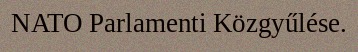
NATO Parlamenti Közgyűlése.